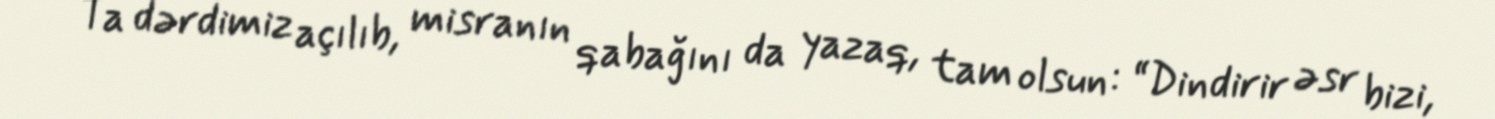
Ta dərdimiz açılıb, misranın qabağını da yazaq, tam olsun: “Dindirir əsr bizi,